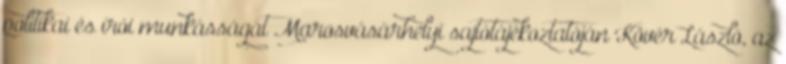
politikai és írói munkásságát Marosvásárhelyi sajtótájékoztatóján Kövér László, az